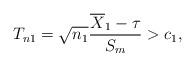
LaTeX: \begin{align*} T_{n1} = \sqrt{n_1} \frac{ \overline{X}_1 - \tau }{ S_m } > c_1,\end{align*}